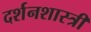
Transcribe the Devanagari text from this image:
दर्शनशास्‍त्री